Insane asylums Bombay 1873-77 - 1873-1877
Year: 1873
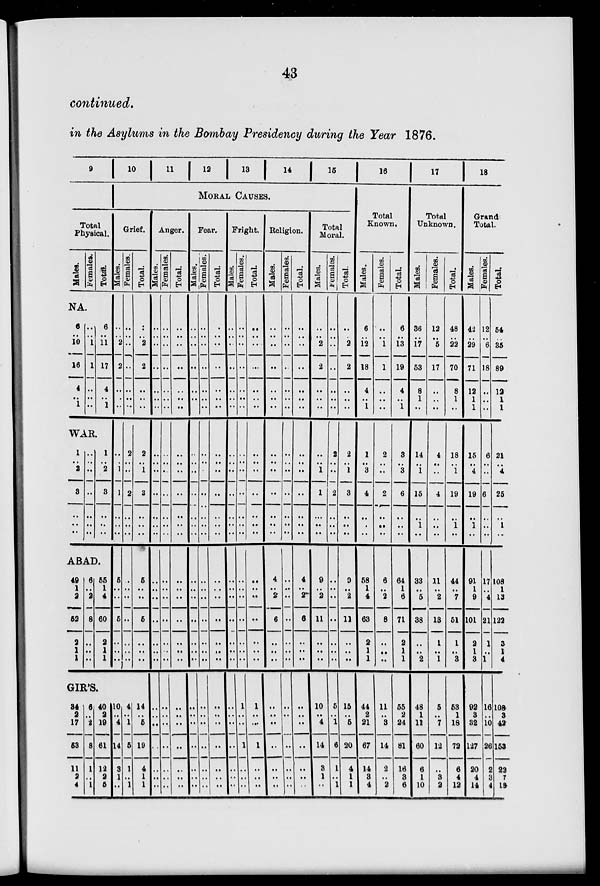
43
continued.
in the Asylums in the Bombay Presidency during the Year 1876.
9
Total
Physical.
Males.
Females.
Total.
NA.
6
..
10
16
4
..
1
..
..
1
1
..
..
..
6
..
11
17
4
..
1
WAR.
1
..
2
3
..
..
..
..
.. ..
..
..
..
..
1
..
2
3
..
..
..
ABAD.
49
1
2
52
2
1
1
6
..
2
8
..
..
..
55
1
4
60
2
1
1
10 11 12 13
14 15
MORAL CAUSES.
Grief.
Males.
..
..
2
2
..
..
..
..
..
1
1
..
..
..
5
..
..
5
..
..
..
Females.
..
..
..
..
..
..
..
2
..
..
2
..
..
..
..
..
..
..
..
..
..
Total.
..
..
2
2
..
..
..
2
..
1
3
..
..
..
5
..
..
5
..
..
..
GIR'S.
84
2
17
53
11
2
4
6
..
2
8
1
..
1
40
2
19
61
12
2
5
10
..
4
14
3
1
..
4
..
1
5
1
..
1
14
..
5
19
4
1
1
Anger.
Males.
..
..
..
..
..
..
..
..
..
..
..
..
..
..
..
..
..
..
..
..
..
..
..
..
..
..
..
..
Females.
..
..
..
..
..
..
..
..
..
..
..
..
..
..
..
..
..
..
..
..
..
..
..
..
..
..
..
..
Total.
..
..
..
..
..
..
..
..
.. ..
..
..
..
..
..
..
..
..
..
..
..
..
..
..
..
..
..
..
Fear.
Males.
..
..
..
..
..
..
..
..
..
..
..
..
..
..
..
..
..
..
..
..
..
..
..
..
..
..
..
..
Females.
..
..
..
..
..
..
..
..
..
..
..
..
..
..
..
..
..
..
..
..
..
..
..
..
..
..
..
..
Total.
..
..
..
..
..
..
..
..
.. ..
..
..
..
..
..
..
..
..
..
..
..
..
..
..
..
..
..
..
Fright.
Males.
..
..
..
..
..
..
..
..
..
..
..
..
..
..
..
..
..
..
..
..
..
..
..
..
..
..
..
..
Females.
..
..
..
..
..
..
..
..
..
..
..
..
..
..
..
..
..
..
..
..
..
1
..
..
1
..
..
..
Total.
..
..
..
..
..
..
..
..
.. ..
..
..
..
..
..
..
..
..
..
..
..
1
..
..
1
..
..
..
Religion.
Males.
..
..
..
..
..
..
..
..
..
..
..
..
..
..
4
..
2
6
..
..
..
..
..
..
..
..
..
..
Females.
..
..
..
..
..
..
..
..
..
..
..
..
..
..
..
..
..
..
..
..
..
..
..
..
..
..
..
..
Total.
..
..
..
..
..
..
..
..
..
..
..
..
..
..
4
..
2
6
..
..
..
..
..
..
..
..
..
..
Total
Moral.
Males.
..
..
2
2
..
..
..
..
..
1
1
..
..
..
9
..
2
11
..
..
..
10
..
4
14
3 1
..
Females.
..
..
..
..
..
..
..
2
..
..
2
..
..
..
..
..
..
..
..
..
..
5
..
1
6
1
..
1
Total.
..
..
2
2
..
..
..
2
..
1
3
..
..
..
9
..
2
11
..
..
..
15
..
5
20
4
1
1
16
Total
Known.
Males.
6
..
12
18
4
..
1
1
.. 3
4
..
..
..
58
1
4
63
2
1
1
44
2
21
67
14
3
4
Females.
..
..
1
1
..
..
..
2
.. ..
2
..
..
..
6
..
2
8
..
..
..
11
..
3
14
2
..
2
Total.
6
..
13
19
4
..
1
3
..
3
6
..
..
..
64
1
6
71
2
1
1
55
2
24
81
16
3
6
17
Total
Unknown.
Males.
36
..
17
53
8
1
..
14
..
1
15
..
1
..
33
..
5
38
..
..
2
48
1
11
60
6
1
10
Females.
12
..
5
17
..
..
..
4
.. ..
4
..
..
..
11
..
2
13
1
..
1
5
..
7
12
..
3
2
Total.
48
..
22
70
8
1
..
18
..
1
19
..
1
..
44
..
7
51
1
..
3
53
1
18
72
6
4
12
18
Grand
Total.
Males.
42
..
29
71
12
1
1
15
..
4
19
..
1
..
91
1
9
101
2
1
3
92
3
32
127
20
4
14
Females.
12
..
6
18
..
..
..
6
..
..
6
..
..
..
17
..
4
21
1
..
1
16
..
10
26
2
3
4
Total.
54
..
35
89
12
1
1
21
..
4
25
..
1
..
108
1
13
122
3
1
4
108
3
42
153
22
7
18